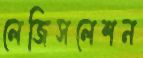
লেজিসলেশন